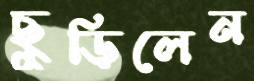
ছুড়িলেন